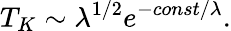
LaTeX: T_{K}\sim\lambda^{1/2}e^{-const/\lambda}.